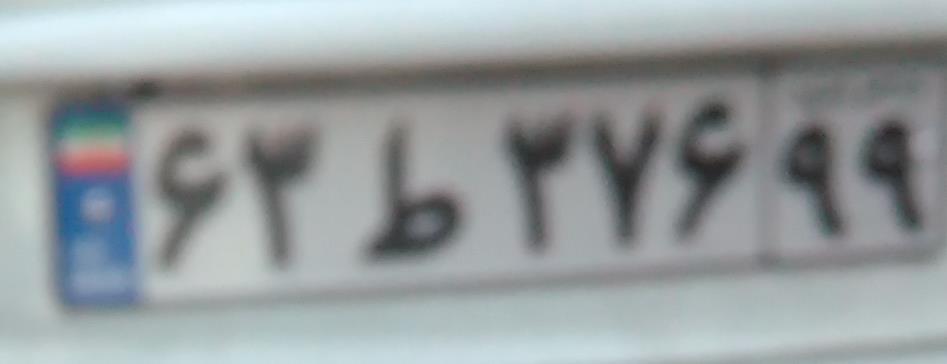
۶۳ط۳۷۶۹۹